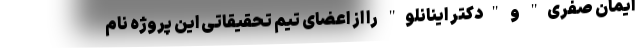
ایمان صفری" و "دکتر اینانلو" را از اعضای تیم تحقیقاتی این پروژه نام